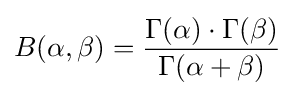
B(\alpha ,\beta )={\frac {\Gamma (\alpha )\cdot \Gamma (\beta )}{\Gamma (\alpha +\beta )}}